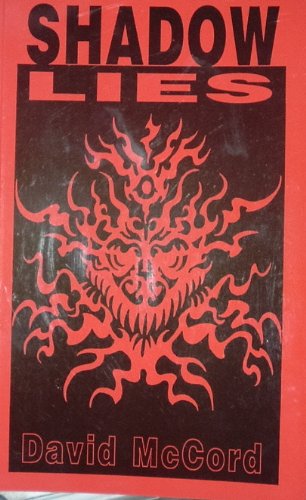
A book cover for Shadow lies; David Wilson McCord; Health, Fitness & Dieting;